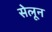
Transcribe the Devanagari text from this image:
सेलून